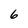
Character: 6